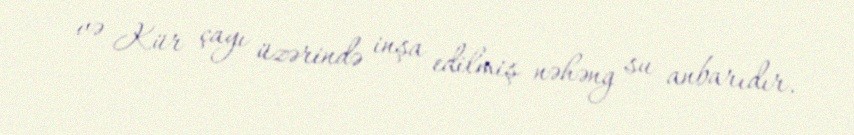
və Kür çayı üzərində inşa edilmiş nəhəng su anbarıdır.